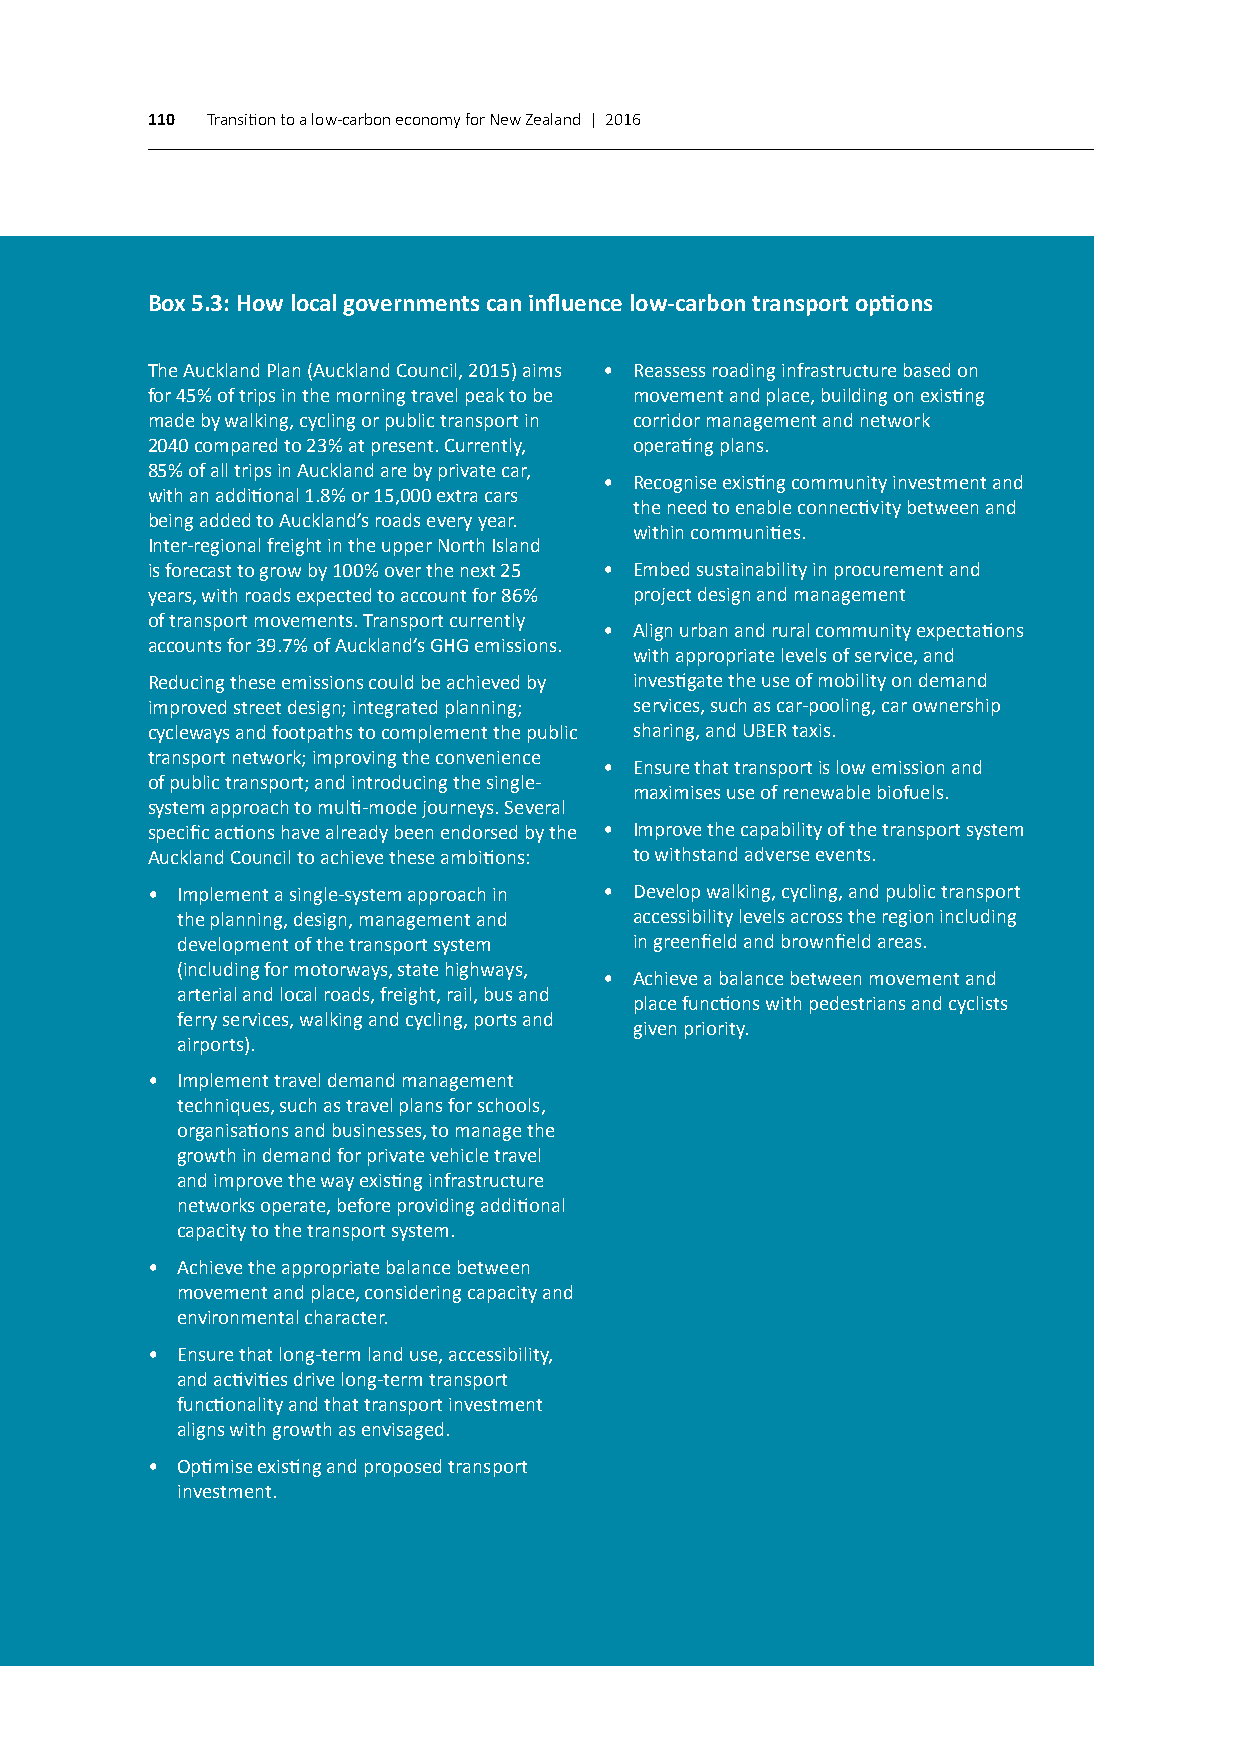
110 Transition to a low-carbon economy for New Zealand | 2016
 Box 5.3: How local governments can influence low-carbon transport options
 The Auckland Plan (Auckland Council, 2015) aims • Reassess roading infrastructure based on
 for 45% of trips in the morning travel peak to be movement and place, building on existing
 made by walking, cycling or public transport in corridor management and network
 2040 compared to 23% at present. Currently, operating plans.
 85% of all trips in Auckland are by private car,
 • Recognise existing community investment and
 with an additional 1.8% or 15,000 extra cars
 the need to enable connectivity between and
 being added to Auckland’s roads every year.
 within communities.
 Inter-regional freight in the upper North Island
 is forecast to grow by 100% over the next 25 • Embed sustainability in procurement and
 years, with roads expected to account for 86% project design and management
 of transport movements. Transport currently
 • Align urban and rural community expectations
 accounts for 39.7% of Auckland’s GHG emissions.
 with appropriate levels of service, and
 Reducing these emissions could be achieved by investigate the use of mobility on demand
 improved street design; integrated planning; services, such as car-pooling, car ownership
 cycleways and footpaths to complement the public sharing, and UBER taxis.
 transport network; improving the convenience
 • Ensure that transport is low emission and
 of public transport; and introducing the single-
 maximises use of renewable biofuels.
 system approach to multi-mode journeys. Several
 specific actions have already been endorsed by the • Improve the capability of the transport system
 Auckland Council to achieve these ambitions: to withstand adverse events.
 • Implement a single-system approach in • Develop walking, cycling, and public transport
 the planning, design, management and accessibility levels across the region including
 development of the transport system in greenfield and brownfield areas.
 (including for motorways, state highways,
 • Achieve a balance between movement and
 arterial and local roads, freight, rail, bus and
 place functions with pedestrians and cyclists
 ferry services, walking and cycling, ports and
 given priority.
 airports).
 • Implement travel demand management
 techniques, such as travel plans for schools,
 organisations and businesses, to manage the
 growth in demand for private vehicle travel
 and improve the way existing infrastructure
 networks operate, before providing additional
 capacity to the transport system.
 • Achieve the appropriate balance between
 movement and place, considering capacity and
 environmental character.
 • Ensure that long-term land use, accessibility,
 and activities drive long-term transport
 functionality and that transport investment
 aligns with growth as envisaged.
 • Optimise existing and proposed transport
 investment.